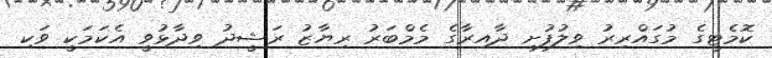
ކޮމެޓީގެ މުގައްރިރު ވިލުފުށި ދާއިރާގެ މެމްބަރު ރިޔާޒު ރަޝީދު ވިދާޅުވީ އެކަމަކީ ވަކި